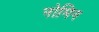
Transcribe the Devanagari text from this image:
नोमिन